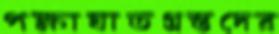
পক্ষাঘাতগ্রস্তদের